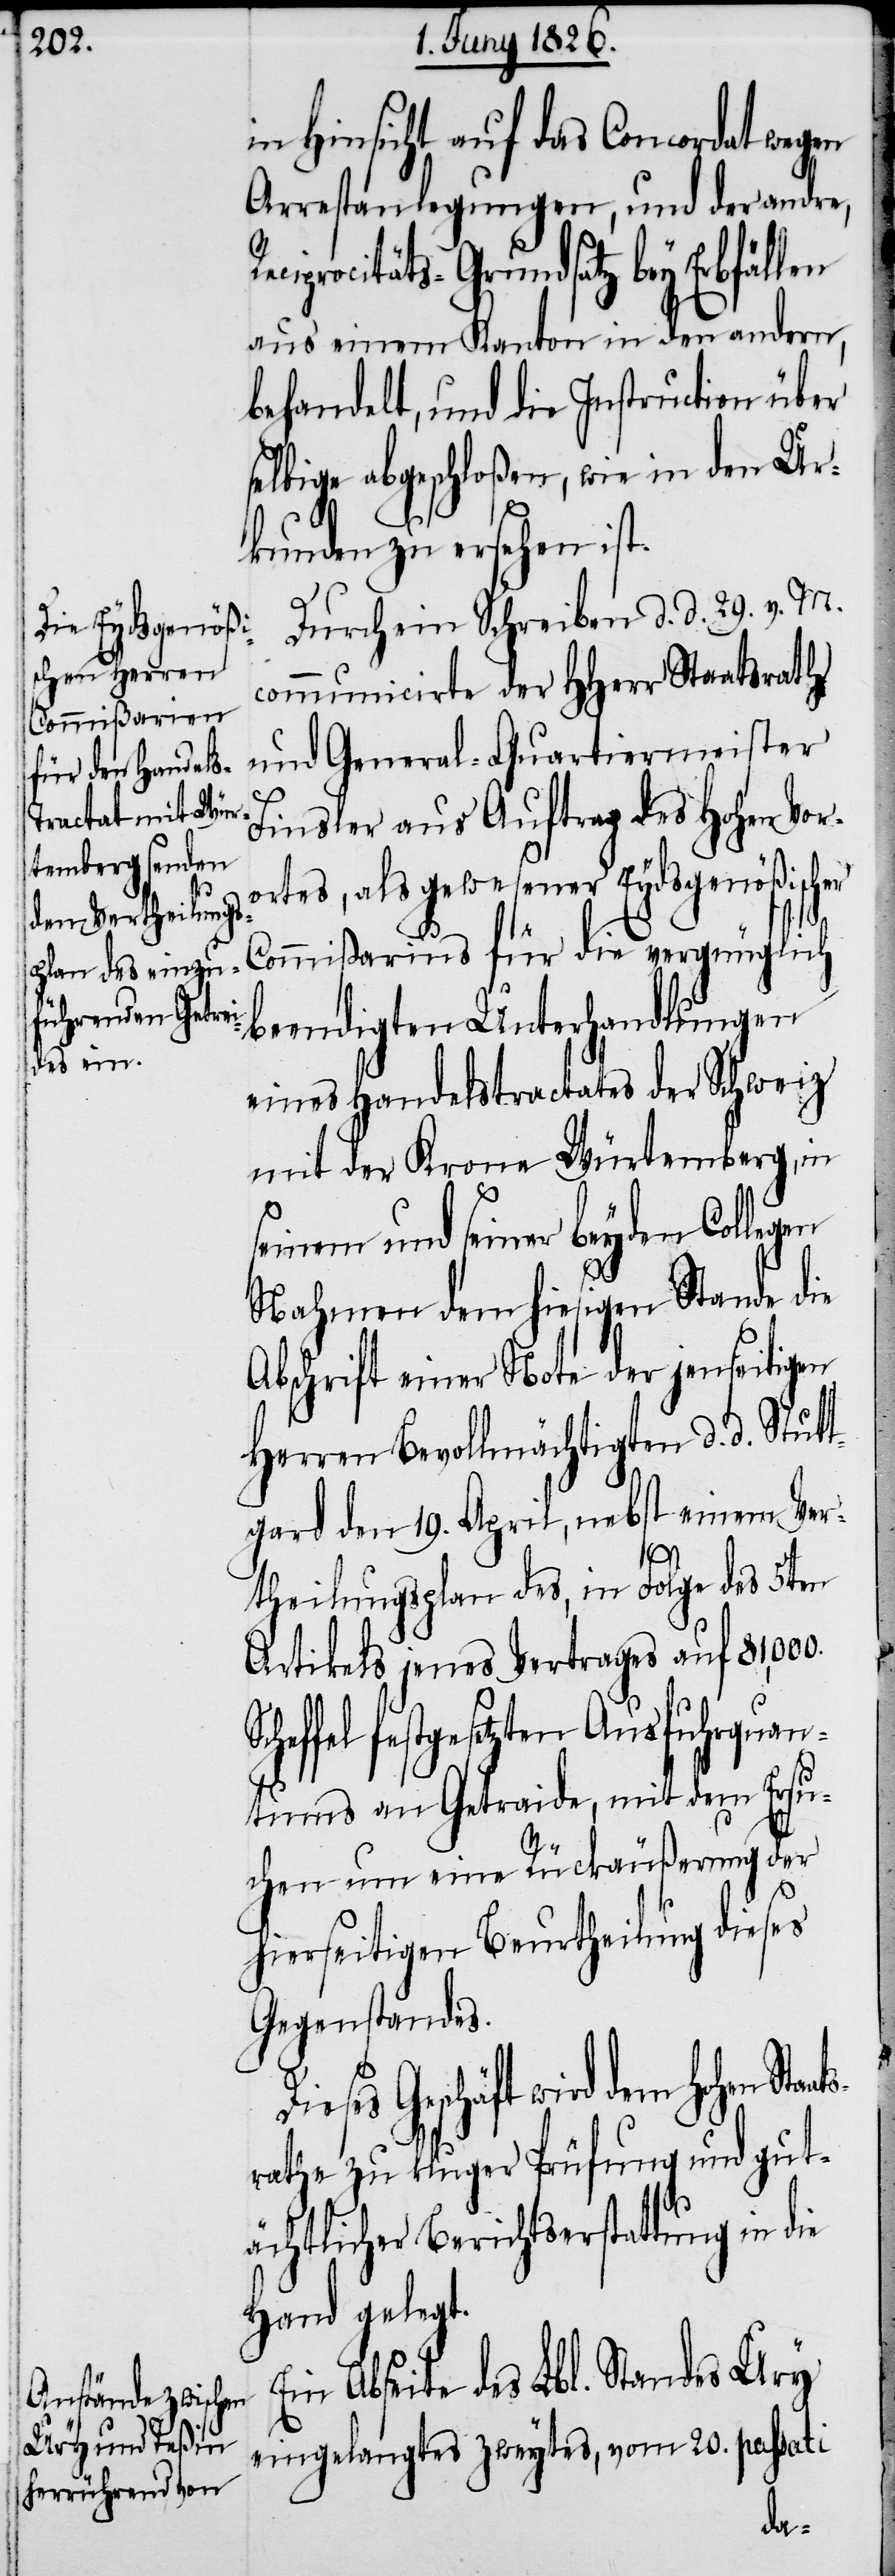
Durch ein Schreiben d. d. 29. v. M.
communicirte der HHerr Staatsrath
und General-Quartiermeister
Finsler aus Auftrag des Hohen Voro¬
rtes, als gewesener Eydsgenößischer
Commißarius für die vergnüglich
beendigten Unterhandlungen
eines Handelstractates der Schweiz
mit der Krone Würtemberg, in
die
seinem und seiner beyden Collegen
Nahmen den hiesigen Stande die
Abschrift einer Note der jenseitigen
Herren Bevollmächtigten d. d. Stutt¬
gard den 19. April, nebst einem Ver¬
theilungsplan des, in Folge des 5ten
Artikels jenes Vertrages auf
heffel festgesetzten Ausfuhrquan¬
tums an Getraide, mit dem Ersu¬
chen um eine Rückäußerung der
hierseitigen Beurtheilung dieses
Gegenstandes.
Geschäft wird dem hohen Sta¬
rathe zu kluger Prüfung und gut¬
ächtlicher Berichtserstattung in
Hand gelegt.
Ein Abseite des Lbl. Standes Ury
eingelangtes zweytes, vom 20. passati